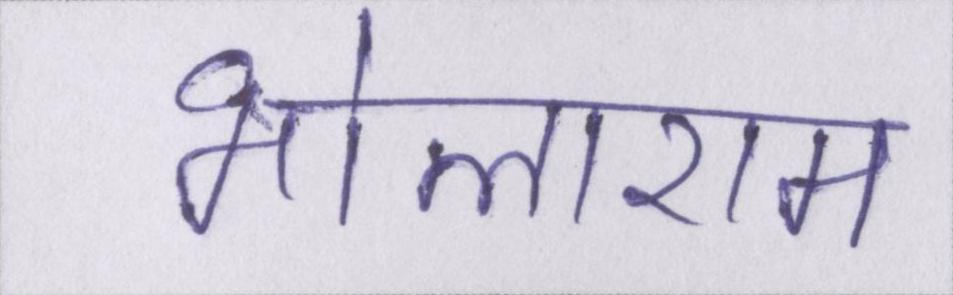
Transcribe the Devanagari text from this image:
भोलाराम